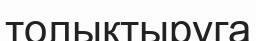
толықтыруга